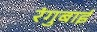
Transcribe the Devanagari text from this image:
रंगुबाई